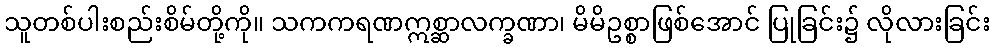
သူတစ်ပါးစည်းစိမ်တို့ကို။ သကကရဏဣစ္ဆာလက္ခဏာ၊ မိမိဥစ္စာဖြစ်အောင် ပြုခြင်း၌ လိုလားခြင်း